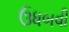
ઉધબવી